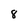
Character: 8